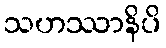
သဟဿာနိပိ